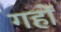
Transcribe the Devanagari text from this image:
गहों